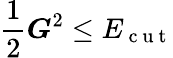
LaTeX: \frac{1}{2}\boldsymbol{G}^{2}\le E_{\mathrm{~c~u~t~}}